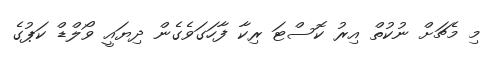
މި މެޗަށް ނުކުތް އިރު ކޮސްޓަ ރިކާ ފާހަގަވެގެން ދިޔައީ ވޯލްޑް ކަޕުގެ